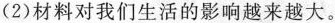
(2)材料对我们生活的影响越来越大。